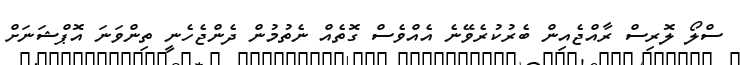
ސްލޯ ލޮރިސް ރާއްޖެއިން ބެރުކުރެވޭނެ އެއްވެސް ގޮތެއް ނެތުމުން ދެންޖެހެނީ ތިންވަނަ އޮޕްޝަނަށް